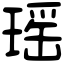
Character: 瑶